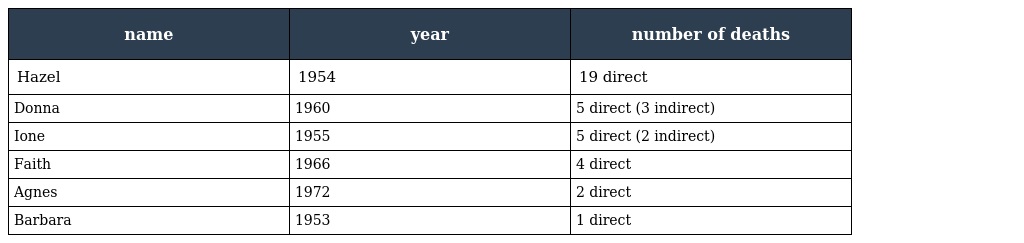
| name | year | number of deaths |
 | --- | --- | --- |
 | Hazel | 1954 | 19 direct |
 | Donna | 1960 | 5 direct (3 indirect) |
 | Ione | 1955 | 5 direct (2 indirect) |
 | Faith | 1966 | 4 direct |
 | Agnes | 1972 | 2 direct |
 | Barbara | 1953 | 1 direct |